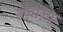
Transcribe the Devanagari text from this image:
ख़्वाज़ा